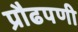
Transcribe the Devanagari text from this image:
प्रौढपणी